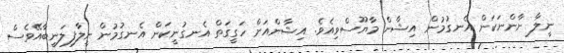
ނީލާ ނާންނަކަން އެނގުމުން އިޝާން މާޔޫސްވިއެވެ. އިޝާންއަށް ހަގީގަތް އެނގުނީކަން އެނގުމުން ނީލާފިލަނީބާއޭވެސް